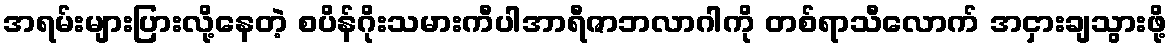
အရမ်းများပြားလို့နေတဲ့ စပိန်ဂိုးသမားကီပါအာရီဇာဘလာဂါကို တစ်ရာသီလောက် အငှားချသွားဖို့